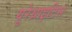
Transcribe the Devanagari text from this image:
यूरेथ्राइटिस